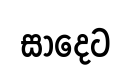
සාදෙට